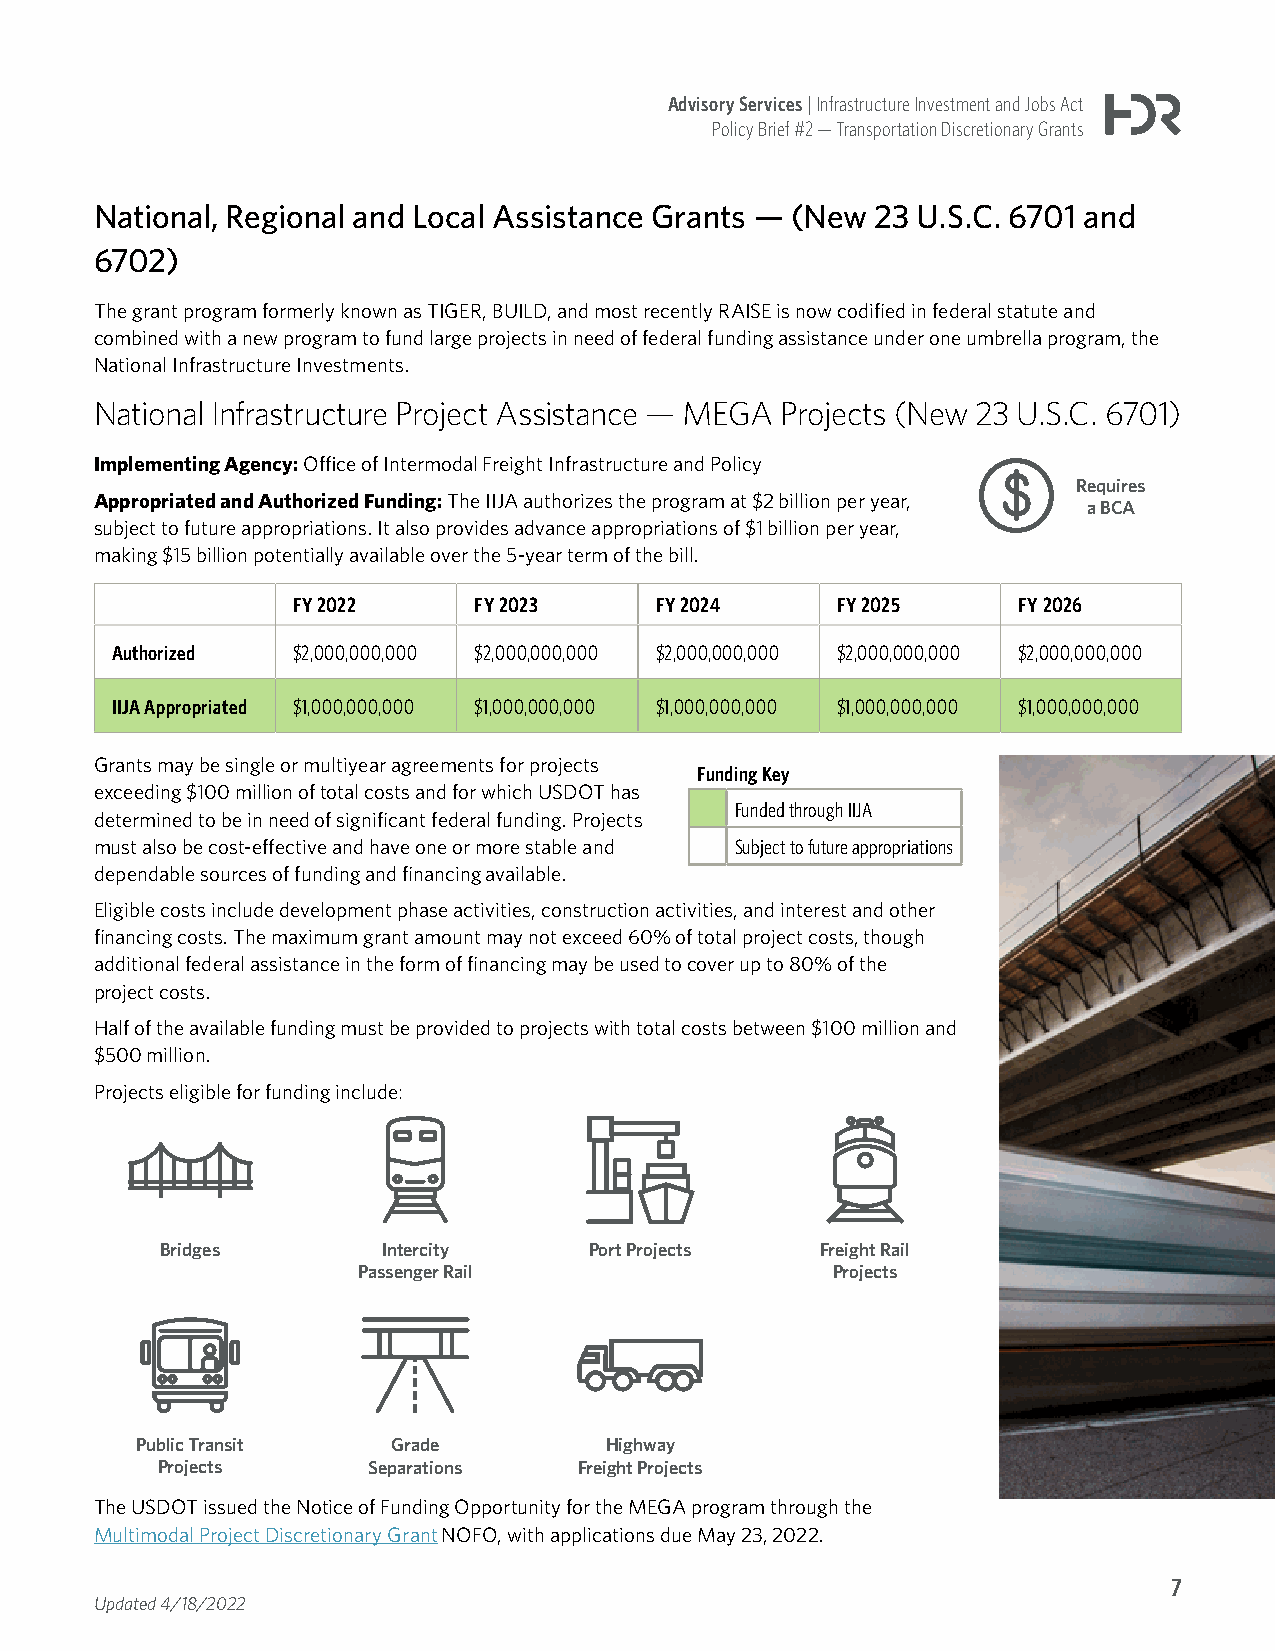
Advisory Services | Infrastructure Investment and Jobs Act
 Policy Brief #2 — Transportation Discretionary Grants
 National, Regional and Local Assistance Grants — (New 23 U.S.C. 6701 and
 6702)
 The grant program formerly known as TIGER, BUILD, and most recently RAISE is now codified in federal statute and
 combined with a new program to fund large projects in need of federal funding assistance under one umbrella program, the
 National Infrastructure Investments.
 National Infrastructure Project Assistance — MEGA Projects (New 23 U.S.C. 6701)
 Implementing Agency: Office of Intermodal Freight Infrastructure and Policy
 Requires
 Appropriated and Authorized Funding: The IIJA authorizes the program at $2 billion per year,
 a BCA
 subject to future appropriations. It also provides advance appropriations of $1 billion per year,
 making $15 billion potentially available over the 5-year term of the bill.
 FY 2022     FY 2023     FY 2024     FY 2025     FY 2026
 Authorized  $2,000,000,000 $2,000,000,000 $2,000,000,000 $2,000,000,000 $2,000,000,000
 IIJA Appropriated $1,000,000,000 $1,000,000,000 $1,000,000,000 $1,000,000,000 $1,000,000,000
 Grants may be single or multiyear agreements for projects
 Funding Key
 exceeding $100 million of total costs and for which USDOT has
 Funded through IIJA
 determined to be in need of significant federal funding. Projects
 must also be cost-effective and have one or more stable and Subject to future appropriations
 dependable sources of funding and financing available.
 Eligible costs include development phase activities, construction activities, and interest and other
 financing costs. The maximum grant amount may not exceed 60% of total project costs, though
 additional federal assistance in the form of financing may be used to cover up to 80% of the
 project costs.
 Half of the available funding must be provided to projects with total costs between $100 million and
 $500 million.
 Projects eligible for funding include:
 Bridges       Intercity     Port Projects  Freight Rail
 Passenger Rail                 Projects
 Public Transit   Grade         Highway
 Projects      Separations   Freight Projects
 The USDOT issued the Notice of Funding Opportunity for the MEGA program through the
 Multimodal Project Discretionary Grant NOFO, with applications due May 23, 2022.
 7
 Updated 4/18/2022